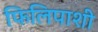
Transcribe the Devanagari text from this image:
फिलिपाशी